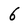
Character: 6